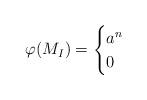
LaTeX: \begin{align*}\varphi(M_I)=\begin{cases}a^n&\\ 0&\end{cases}\end{align*}